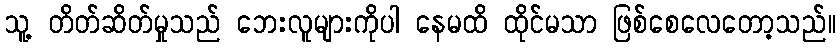
သူ့ တိတ်ဆိတ်မှုသည် ဘေးလူများကိုပါ နေမထိ ထိုင်မသာ ဖြစ်စေလေတော့သည်။